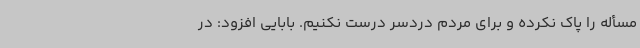
مسأله را پاک نکرده و برای مردم دردسر درست نکنیم. بابایی افزود: در